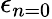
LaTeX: \epsilon_{n=0}